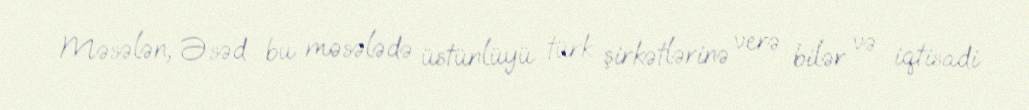
Məsələn, Əsəd bu məsələdə üstünlüyü türk şirkətlərinə verə bilər və iqtisadi